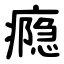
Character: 瘾